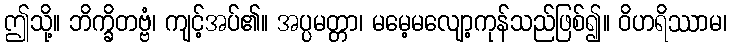
ဤသို့။ ဘိက္ခိတဗ္ဗံ၊ ကျင့်အပ်၏။ အပ္ပမတ္တာ၊ မမေ့မလျော့ကုန်သည်ဖြစ်၍။ ဝိဟရိဿာမ၊